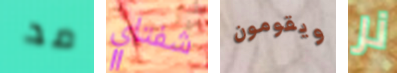
مد شفتاي ويقومون نر